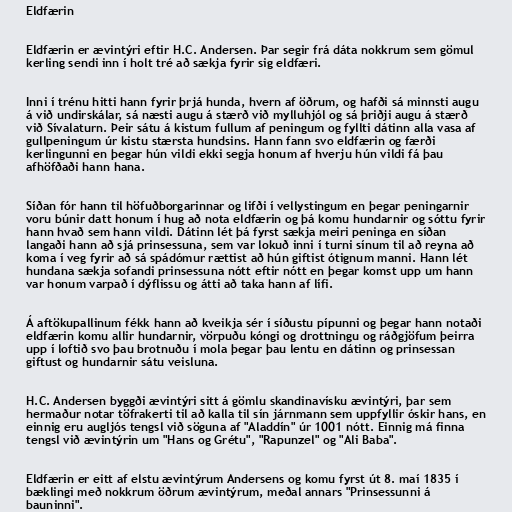
Eldfærin

Eldfærin er ævintýri eftir H.C. Andersen. Þar segir frá dáta nokkrum sem gömul
kerling sendi inn í holt tré að sækja fyrir sig eldfæri.

Inni í trénu hitti hann fyrir þrjá hunda, hvern af öðrum, og hafði sá minnsti augu
á við undirskálar, sá næsti augu á stærð við mylluhjól og sá þriðji augu á stærð
við Sívalaturn. Þeir sátu á kistum fullum af peningum og fyllti dátinn alla vasa af
gullpeningum úr kistu stærsta hundsins. Hann fann svo eldfærin og færði
kerlingunni en þegar hún vildi ekki segja honum af hverju hún vildi fá þau
afhöfðaði hann hana.

Síðan fór hann til höfuðborgarinnar og lifði í vellystingum en þegar peningarnir
voru búnir datt honum í hug að nota eldfærin og þá komu hundarnir og sóttu fyrir
hann hvað sem hann vildi. Dátinn lét þá fyrst sækja meiri peninga en síðan
langaði hann að sjá prinsessuna, sem var lokuð inni í turni sínum til að reyna að
koma í veg fyrir að sá spádómur rættist að hún giftist ótignum manni. Hann lét
hundana sækja sofandi prinsessuna nótt eftir nótt en þegar komst upp um hann
var honum varpað í dýflissu og átti að taka hann af lífi.

Á aftökupallinum fékk hann að kveikja sér í síðustu pípunni og þegar hann notaði
eldfærin komu allir hundarnir, vörpuðu kóngi og drottningu og ráðgjöfum þeirra
upp í loftið svo þau brotnuðu í mola þegar þau lentu en dátinn og prinsessan
giftust og hundarnir sátu veisluna.

H.C. Andersen byggði ævintýri sitt á gömlu skandinavísku ævintýri, þar sem
hermaður notar töfrakerti til að kalla til sín járnmann sem uppfyllir óskir hans, en
einnig eru augljós tengsl við söguna af "Aladdín" úr 1001 nótt. Einnig má finna
tengsl við ævintýrin um "Hans og Grétu", "Rapunzel" og "Ali Baba".

Eldfærin er eitt af elstu ævintýrum Andersens og komu fyrst út 8. maí 1835 í
bæklingi með nokkrum öðrum ævintýrum, meðal annars "Prinsessunni á
bauninni".